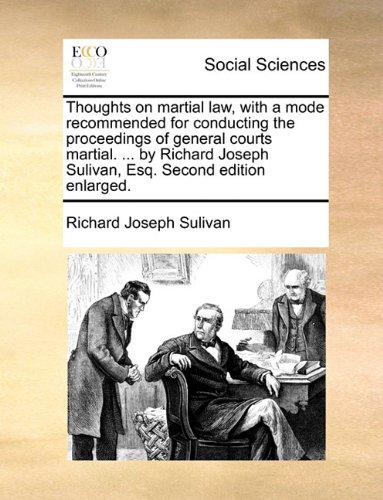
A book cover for Thoughts on martial law, with a mode recommended for conducting the proceedings of general courts martial. ... by Richard Joseph Sulivan, Esq. Second edition enlarged.; Richard Joseph Sulivan; Crafts, Hobbies & Home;